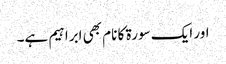
اور ایک سورۃ کا نام بھی ابراہیم ہے۔